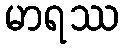
မာရဿ